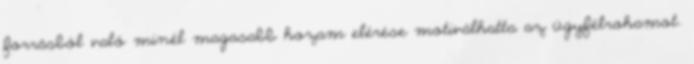
forrásból való minél magasabb hozam elérése motiválhatta az ügyfélrohamot.